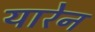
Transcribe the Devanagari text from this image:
यारेन